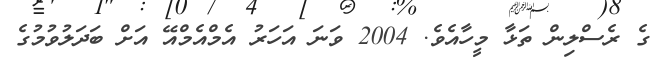
ގެ ރެސްލިން ތަޅާ މީހާއެވެ. 2004 ވަނަ އަހަރު އެމްއެމްއޭ އަށް ބަދަލުވުމުގެ